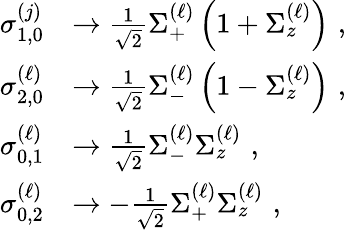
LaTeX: \begin{array}{rl}{\sigma_{1,0}^{\left(j\right)}}&{\rightarrow\frac{1}{\sqrt{2}}\Sigma_{+}^{\left(\ell\right)}\left(1+\Sigma_{z}^{\left(\ell\right)}\right)\, \, ,}\\ {\sigma_{2,0}^{\left(\ell\right)}}&{\rightarrow\frac{1}{\sqrt{2}}\Sigma_{-}^{\left(\ell\right)}\left(1-\Sigma_{z}^{\left(\ell\right)}\right)\, \, ,}\\ {\sigma_{0,1}^{\left(\ell\right)}}&{\rightarrow\frac{1}{\sqrt{2}}\Sigma_{-}^{\left(\ell\right)}\Sigma_{z}^{\left(\ell\right)}\, \, ,}\\ {\sigma_{0,2}^{\left(\ell\right)}}&{\rightarrow-\frac{1}{\sqrt{2}}\Sigma_{+}^{\left(\ell\right)}\Sigma_{z}^{\left(\ell\right)}\, \, ,}\end{array}